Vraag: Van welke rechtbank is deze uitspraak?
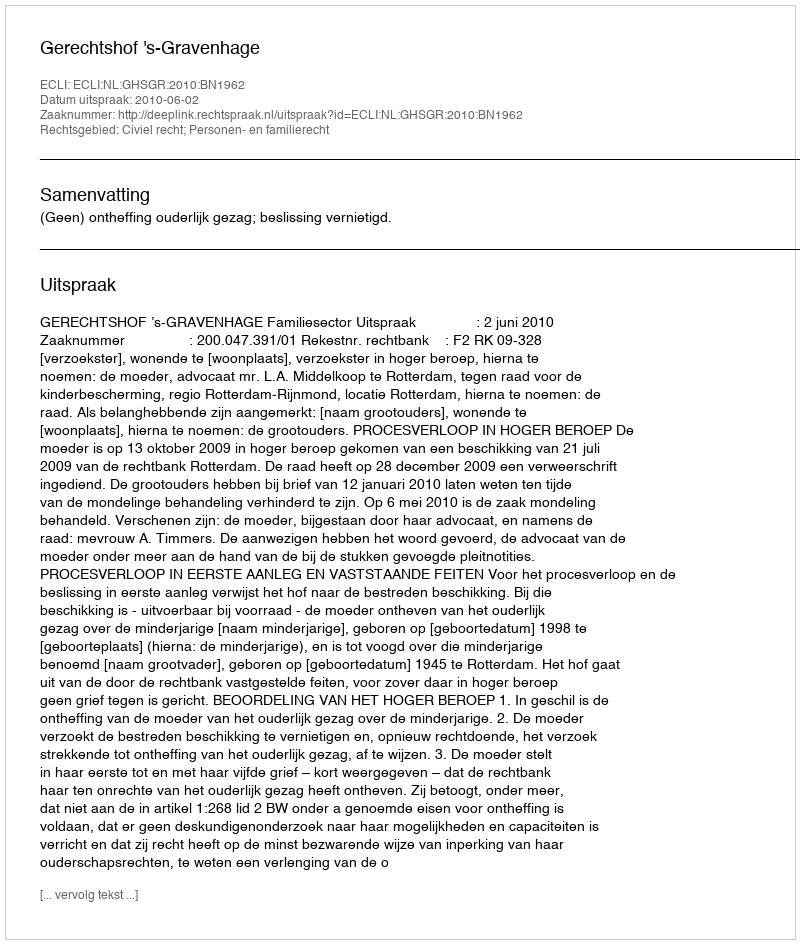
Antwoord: Gerechtshof 's-Gravenhage